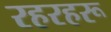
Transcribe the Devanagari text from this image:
रहरहरू